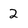
Character: 2